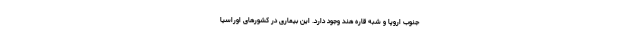
جنوب اروپا و شبه قاره هند وجود دارد. این بیماری در کشورهای اوراسیا